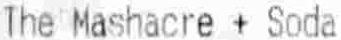
THE MASHACRE + SODA